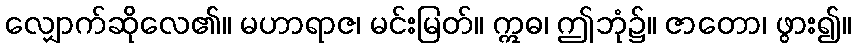
လျှောက်ဆိုလေ၏။ မဟာရာဇ၊ မင်းမြတ်။ ဣဓ၊ ဤဘုံ၌။ ဇာတော၊ ဖွား၍။